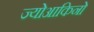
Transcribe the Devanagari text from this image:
ज्योआकिनो